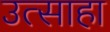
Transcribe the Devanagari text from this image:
उत्साहा